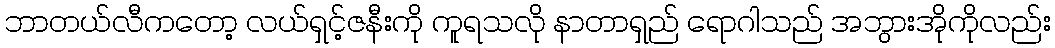
ဘာတယ်လီကတော့ လယ်ရှင့်ဇနီးကို ကူရသလို နာတာရှည် ရောဂါသည် အဘွားအိုကိုလည်း